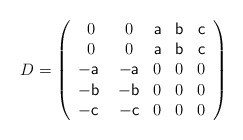
\begin{align*} D=\left( \begin{array}{ccccc} 0 & 0 &\textsf{a} & \textsf{b} & \textsf{c} \\ 0 & 0 & \textsf{a} & \textsf{b} &\textsf{c}\\ -\textsf{a }& -\textsf{a} & 0 & 0 & 0 \\ -\textsf{b }& -\textsf{b} & 0 & 0 & 0 \\ -\textsf{c }& -\textsf{c} & 0 & 0 & 0 \\ \end{array} \right)\end{align*}